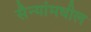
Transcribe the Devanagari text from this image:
सैन्यांमधील